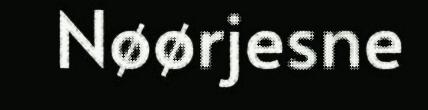
Nøørjesne